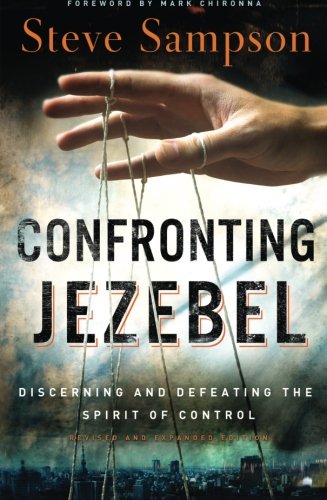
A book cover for Confronting Jezebel: Discerning and Defeating the Spirit of Control; Steve Sampson; Christian Books & Bibles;